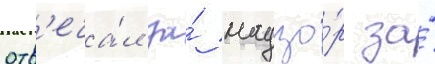
отв'еча́л за́ надзо́р за́